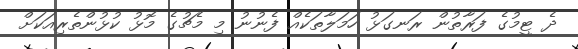
ދެ ޓީމުގެ ފަރާތުން ރަނގަޅު ހަމަލާތަކެއް ފެނުނު މި މެޗުގެ މޮޅު ކުޅުންތެރިއަކަށް